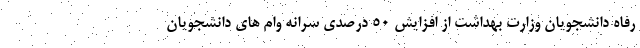
رفاه دانشجویان وزارت بهداشت از افزایش ۵۰ درصدی سرانه وام های دانشجویان